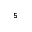
_ 5